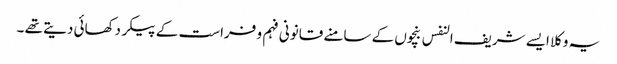
یہ وکلا ایسے شریف النفس بنچوں کے سامنے قانونی فہم و فراست کے پیکر دکھائی دیتے تھے ۔